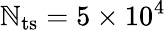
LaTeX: \mathbb{N}_{{\mathrm{{ts}}}}=5\times10^{4}